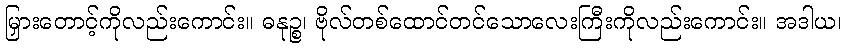
မြှားတောင့်ကိုလည်းကောင်း။ ဓနုဉ္စ၊ ဗိုလ်တစ်ထောင်တင်သောလေးကြီးကိုလည်းကောင်း။ အဒါယ၊